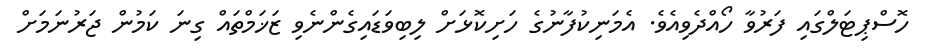
ހޮސްޕިޓަލްގައި ފަރުވާ ހޯއްދެވިއެވެ. އެމަނިކުފާނުގެ ހަށިކޮޅަށް ލިބިވަޑައިގެންނެވި ޒަޚަމްތައް ގިނަ ކަމުން ޖަރުނަމަށް